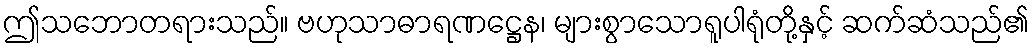
ဤသဘောတရားသည်။ ဗဟုသာဓာရဏဋ္ဌေန၊ များစွာသောရူပါရုံတို့နှင့် ဆက်ဆံသည်၏